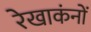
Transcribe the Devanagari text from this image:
रेखाकंनों